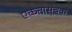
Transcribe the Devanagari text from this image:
एकतासूचक